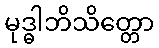
မုဒ္ဓါဘိသိတ္တော